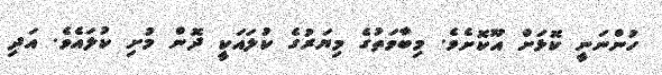
ހުންނަނީ ކޮޅަށް އޫކޮށެވެ. މިބާވަތުގެ މިޔަރުގެ ކުލައަކީ ދޮން މުށި ކުލައެވެ. އަދި